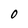
Character: 0